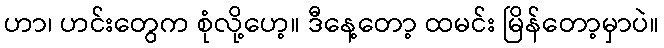
ဟာ၊ ဟင်းတွေက စုံလို့ဟေ့။ ဒီနေ့တော့ ထမင်း မြိန်တော့မှာပဲ။